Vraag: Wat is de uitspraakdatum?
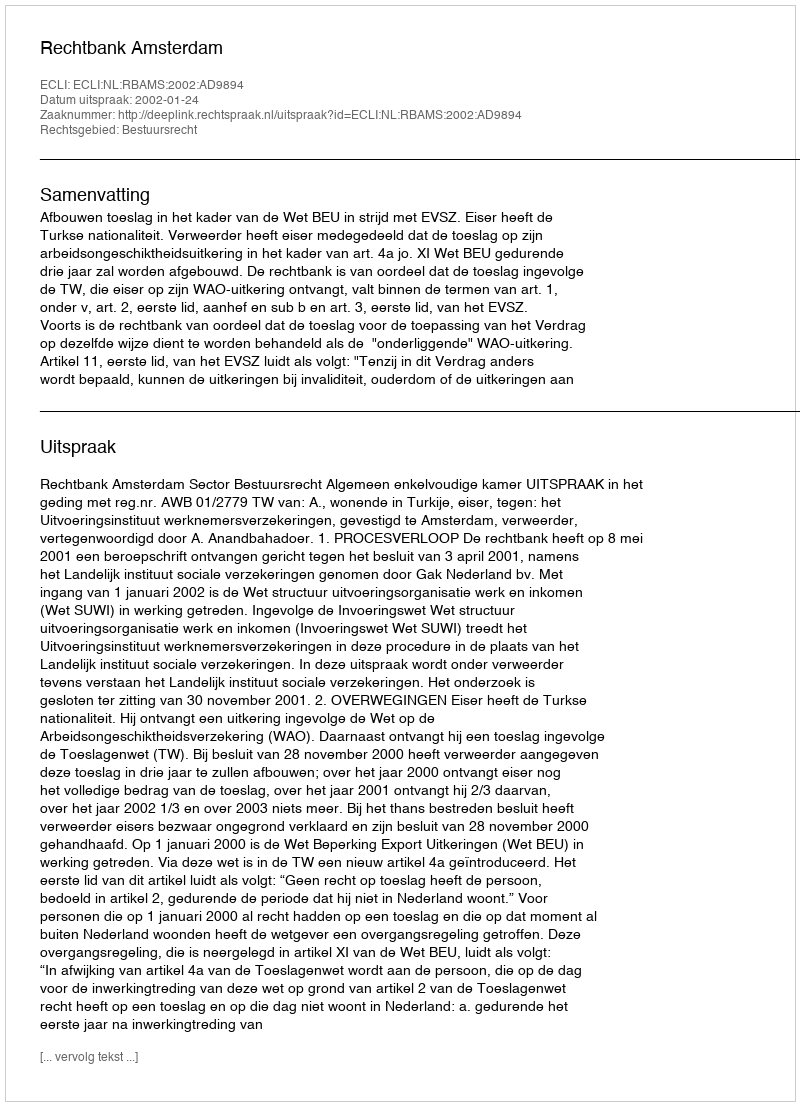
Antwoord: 2002-01-24